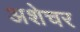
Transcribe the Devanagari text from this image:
अशेचर